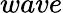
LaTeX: wave